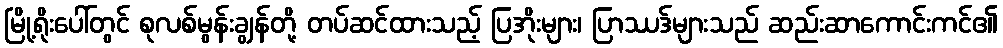
မြို့ရိုးပေါ်တွင် စုလစ်မွန်းချွန်တို့ တပ်ဆင်ထားသည့် ပြအိုးများ၊ ပြာဿဒ်များသည် ဆည်းဆာကောင်းကင်၏